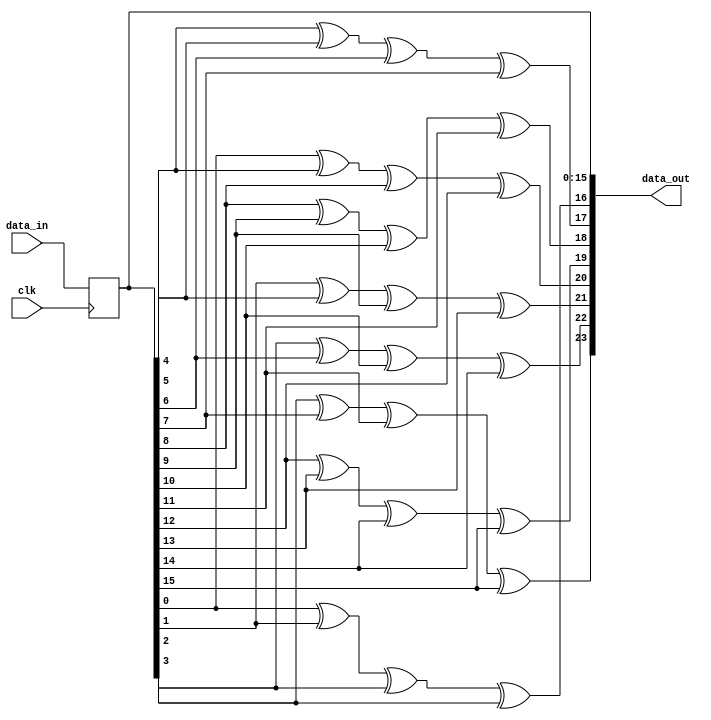
`timescale 1ns / 1ps
//////////////////////////////////////////////////////////////////////////////////
//   Student number: 99210067        
//////////////////////////////////////////////////////////////////////////////////

module Coder(
	input wire [15:0] data_in,
	input wire clk,
	output reg [23:0] data_out
	);

	reg [15:0] data_in_reg;
	
	// Sequential Logic
	always @(posedge clk)
	begin
		data_in_reg <= data_in;
	end
	
	
	integer i;
	// Combinational Logic
	always @(*)
	begin
		data_out[15:0] = data_in_reg;
		
		for(i = 0; i < 4; i = i + 1)
		begin
			data_out[16 + i] = data_in_reg[i*4] ^ data_in_reg[i*4 + 1] ^ 
									data_in_reg[i*4 + 2] ^ data_in_reg[i*4 + 3];
			
			data_out[20 + i] = data_in_reg[i] ^ data_in_reg[i + 4] ^ 
									data_in_reg[i + 8] ^ data_in_reg[i + 12];
		end
	end

endmodule